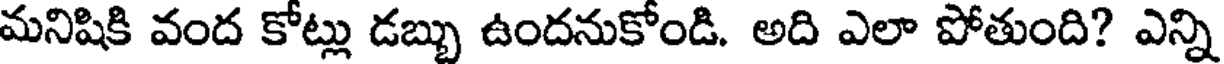
మనిషికి వంద కోట్లు డబ్బు ఉందనుకోండి. అది ఎలా పోతుంది? ఎన్ని